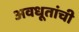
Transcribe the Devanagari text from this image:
अवधूतांची